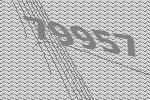
79957